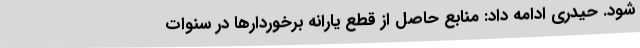
شود. حیدری ادامه داد: منابع حاصل از قطع یارانه برخوردارها در سنوات